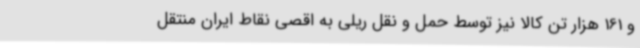
و 161 هزار تن کالا نیز توسط حمل و نقل ریلی به اقصی نقاط ایران منتقل